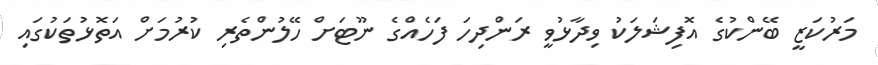
މަރުކަޒީ ބޭންކުގެ އޮފިޝަލަކު ވިދާޅުވީ ރަންދިހަ ފަހެއްގެ ނޫޓަށް ހޭލުންތެރި ކުރުމަށް އަތޮޅުތަކުގައި